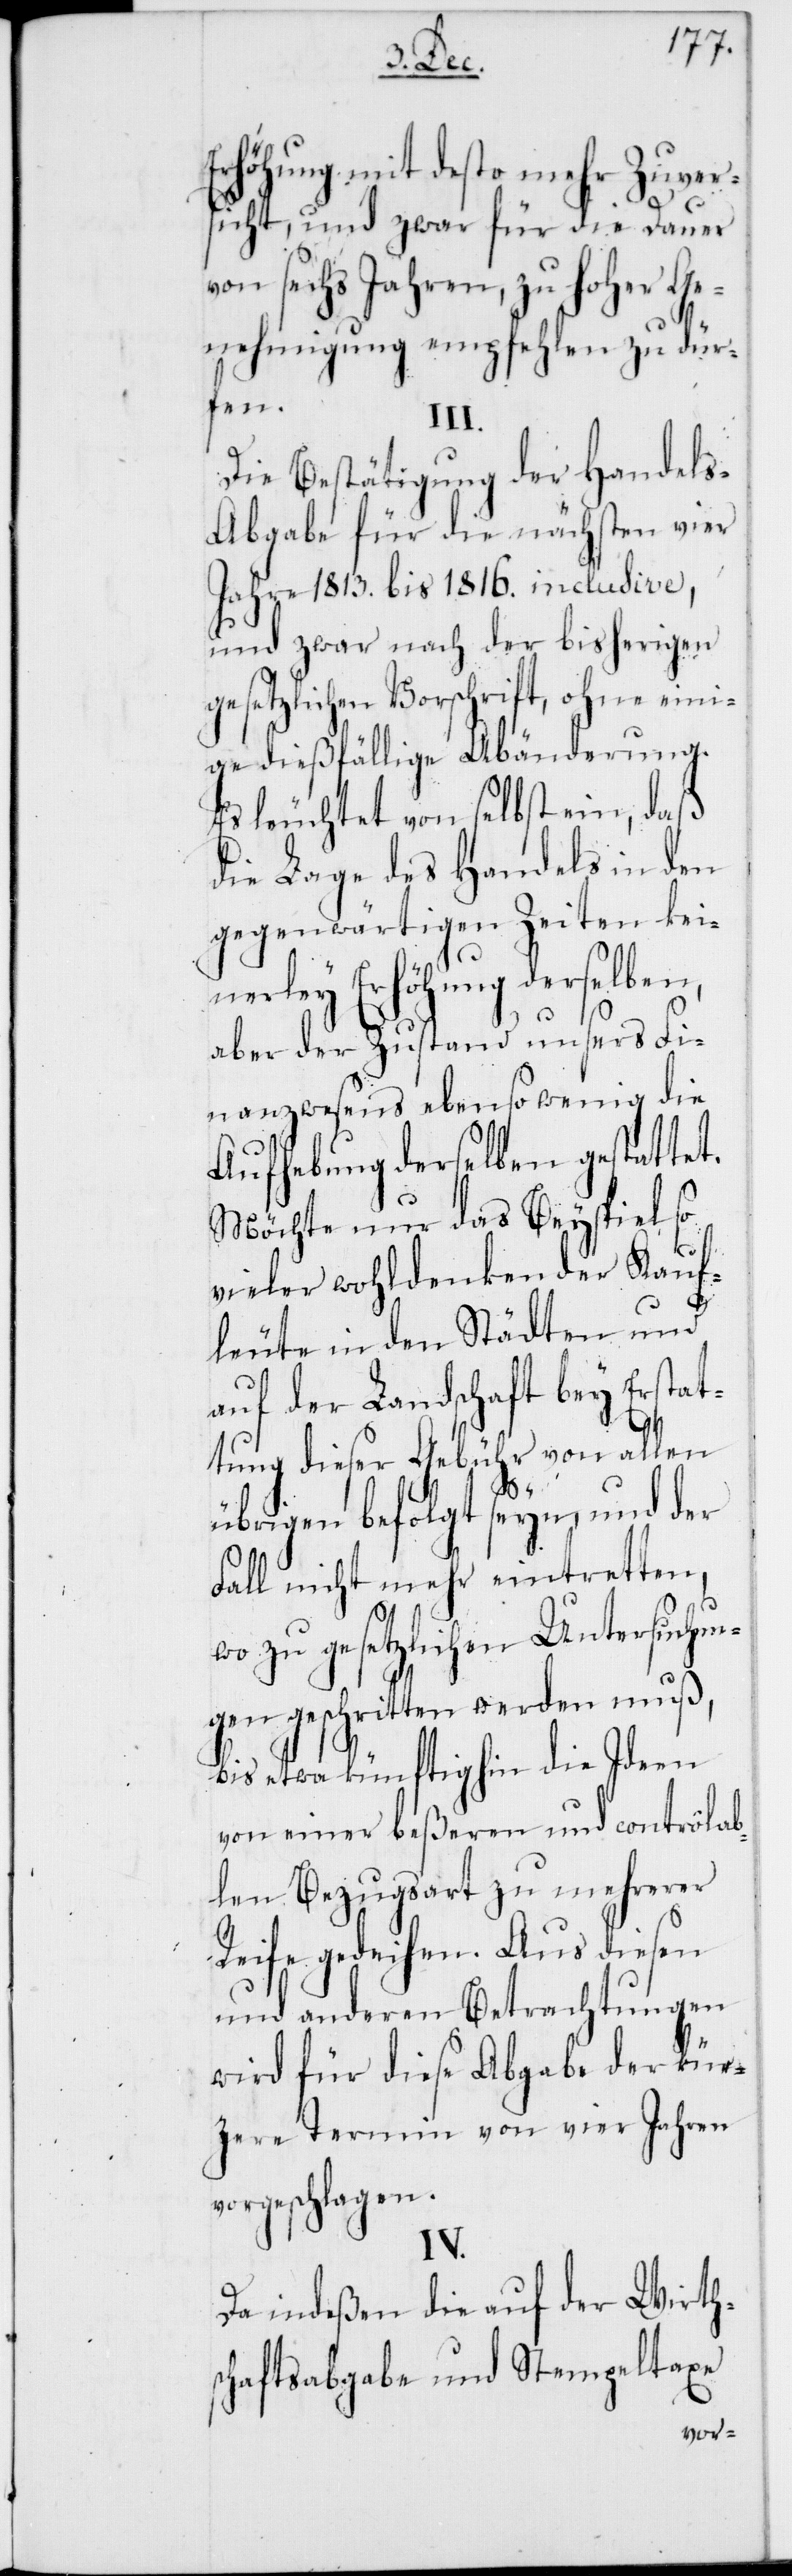
Erhöhung mit desto mehr Zuver¬
sicht, und zwar für die Dauer
von sechs Jahren, zu Hoher Ge¬
nehmigung empfehlen zu dür¬
fen.
III.
Die Bestätigung der Handel¬
s-Abgabe für die nächsten vier
Jahre 1813. bis 1816. inclusive,
und zwar nach der bisherigen
gesetzlichen Vorschrift, ohne eini¬
ge dießfällige Abänderung.
Es leuchtet von selbst ein, daß
die Lage des Handels in den
gegenwärtigen Zeiten kei¬
nerley Erhöhung derselben,
aber der Zustand unsers Fi¬
nanzwesens ebenso wenig die
Aufhebung derselben gestattet.
Möchte nur das Beyspiel so
vieler wohldenkender Kauf¬
leute in den Städten und
auf der Landschaft bey Erstat¬
tung dieser Gebühr von allen
übrigen befolgt seyn, und der
Fall nicht mehr eintretten,
wo zu gesetzlichen Untersuchun¬
gen geschritten werden muß,
bis etwa künftighin die Ideen
von einer beßeren und contrôlab¬
len Bezugsart zu mehrerer
Reife gedeihen. Aus diesen
und anderen Betrachtungen
wird für diese Abgabe der kür¬
zere Termin von vier Jahren
vorgeschlagen.
IV.
Da indeßen die auf der Wirth¬
schaftsabgabe und Stempeltaxe